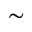
\sim